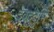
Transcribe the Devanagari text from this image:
देवदुंदुभि